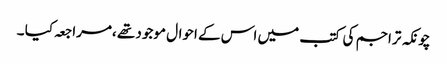
چونکہ تراجم کی کتب میں اس کے احوال موجود تھے ،مراجعہ کیا ۔